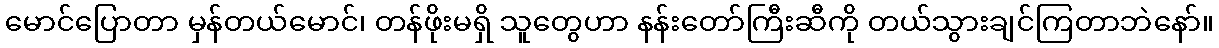
မောင်ပြောတာ မှန်တယ်မောင်၊ တန်ဖိုးမရှိ သူတွေဟာ နန်းတော်ကြီးဆီကို တယ်သွားချင်ကြတာဘဲနော်။